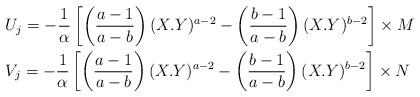
LaTeX: \begin{align*}&U_{j}=-\frac{1}{\alpha}\left[\left(\frac{a-1}{a-b}\right)(X.Y)^{a-2}-\left(\frac{b-1}{a-b}\right)(X.Y)^{b-2}\right]\times M\\&V_{j}=-\frac{1}{\alpha}\left[\left(\frac{a-1}{a-b}\right)(X.Y)^{a-2}-\left(\frac{b-1}{a-b}\right)(X.Y)^{b-2}\right]\times N \end{align*}